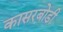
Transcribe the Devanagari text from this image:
कासरबोडी